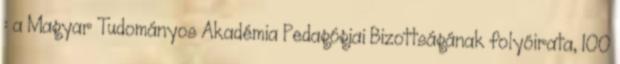
: a Magyar Tudományos Akadémia Pedagógiai Bizottságának folyóirata, 100